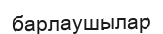
барлаушылар